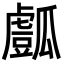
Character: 𤬘